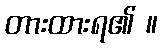
တားထားရ၏ ။